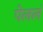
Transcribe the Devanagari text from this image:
पेललं